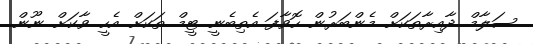
ސަލާމް ދާއިރާތަކަށް މެންބަރުން ހޮވާފަ އެތިބެނީ ޓީމް ތަކަށް އެހީ ވާކަށް ނޫން